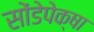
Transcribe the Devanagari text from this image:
सोंडेपेक्षा